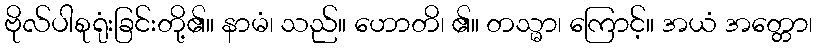
ဗိုလ်ပါစုရုံးခြင်းတို့၏။ နာမံ၊ သည်။ ဟောတိ၊ ၏။ တသ္မာ၊ ကြောင့်။ အယံ အတ္တော၊